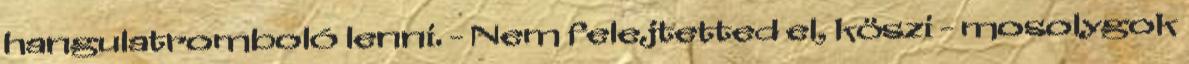
hangulatromboló lenni. - Nem felejtetted el, köszi - mosolygok